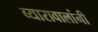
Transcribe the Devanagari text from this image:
व्यारावालांनी